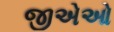
જીએઓ